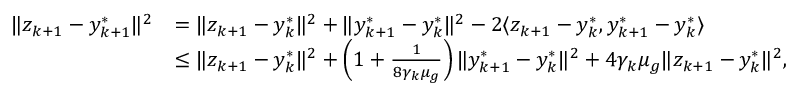
\begin{array} { r l } { \| z _ { k + 1 } - y _ { k + 1 } ^ { * } \| ^ { 2 } } & { = \| z _ { k + 1 } - y _ { k } ^ { * } \| ^ { 2 } + \| y _ { k + 1 } ^ { * } - y _ { k } ^ { * } \| ^ { 2 } - 2 \langle z _ { k + 1 } - y _ { k } ^ { * } , y _ { k + 1 } ^ { * } - y _ { k } ^ { * } \rangle } \\ & { \le \| z _ { k + 1 } - y _ { k } ^ { * } \| ^ { 2 } + \left( 1 + \frac { 1 } { 8 \gamma _ { k } \mu _ { g } } \right) \| y _ { k + 1 } ^ { * } - y _ { k } ^ { * } \| ^ { 2 } + 4 \gamma _ { k } \mu _ { g } \| z _ { k + 1 } - y _ { k } ^ { * } \| ^ { 2 } , } \end{array}